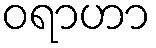
ဝရာဟာ